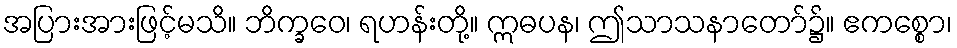
အပြားအားဖြင့်မသိ။ ဘိက္ခဝေ၊ ရဟန်းတို့။ ဣဓပန၊ ဤသာသနာတော်၌။ ဧကစ္စော၊